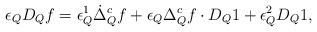
LaTeX: \begin{align*}\epsilon_Q D_Q f = \epsilon_Q^1 \dot \Delta_Q^c f + \epsilon_Q \Delta^{c}_Q f \cdot D_Q 1 + \epsilon_Q^2 D_Q 1,\end{align*}